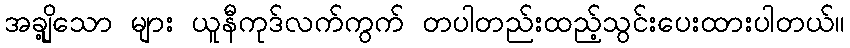
အချို့သော များ ယူနီကုဒ်လက်ကွက် တပါတည်းထည့်သွင်းပေးထားပါတယ်။